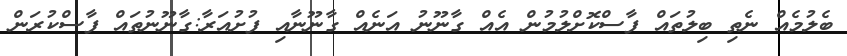
ބެލުމެއް ނެތި ބިލުތައް ފާސްކޮށްލުމުން އެއް ގާނޫނު އަނެއް ގާނޫނާއި ފުށުއަރާ:ގާނޫނުތައް ފާސްކުރަން